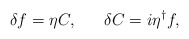
\begin{align*}\delta f = \eta C, ~~~~~\delta C = i \eta^{\dag} f,\end{align*}